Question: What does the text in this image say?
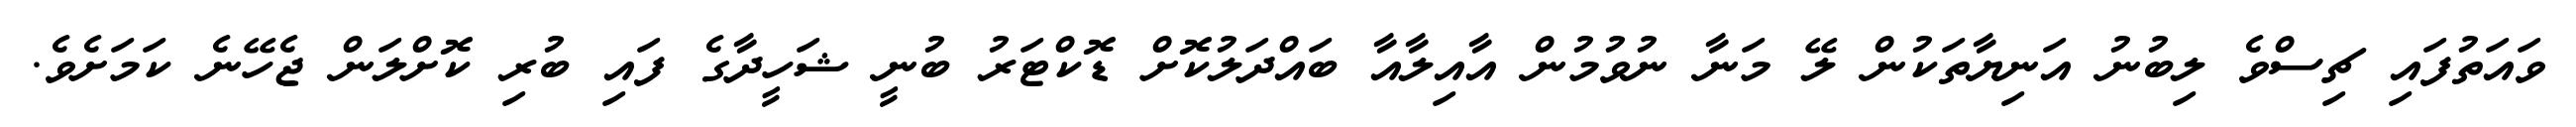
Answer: ވައަތުފައި ޗިސްވެ ލިބުނު އަނިޔާތަކުން ލޭ މަނާ ނުވުމުން އާއިލާއާ ބައްދަލުކޮށް ޑޮކްޓަރު ބުނީ ޝަހީދާގެ ފައި ބުރި ކޮށްލަން ޖެހޭނެ ކަމަށެވެ.